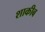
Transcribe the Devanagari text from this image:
शाकीब